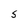
Character: S